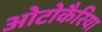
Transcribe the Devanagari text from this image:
ओटोकैरिया